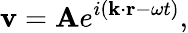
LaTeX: \mathbf{v}=\mathbf{A}e^{i(\mathbf{k}\cdot\mathbf{r}-\omega t)},